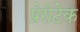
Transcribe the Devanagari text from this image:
प्रेरीटेक